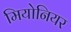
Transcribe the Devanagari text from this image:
मियोनियर